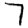
Digit: 7